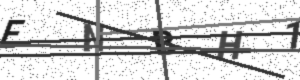
Text: ENBH1